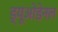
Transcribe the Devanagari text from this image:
ड्यूओडेनल